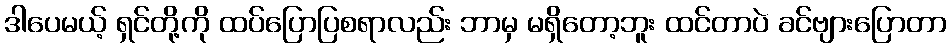
ဒါပေမယ့် ရှင်တို့ကို ထပ်ပြောပြစရာလည်း ဘာမှ မရှိတော့ဘူး ထင်တာပဲ ခင်ဗျားပြောတာ